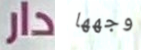
دار وجهها